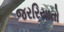
જરરિયાતો